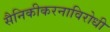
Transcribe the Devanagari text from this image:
सैनिकीकरनाविरोधी